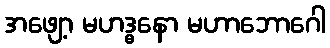
အဖျော့ မဟဒ္ဓနော မဟာဘောဂေါ